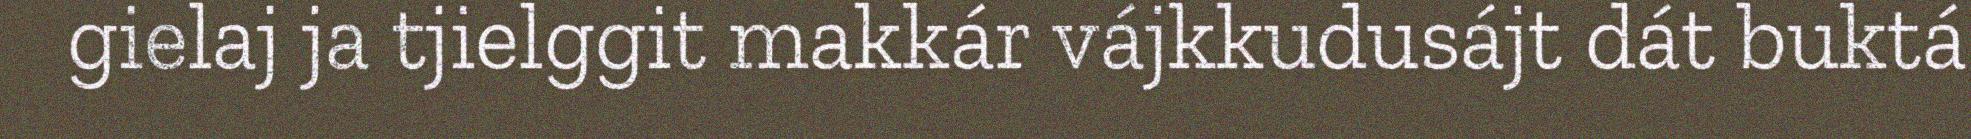
gielaj ja tjielggit makkár vájkkudusájt dát buktá